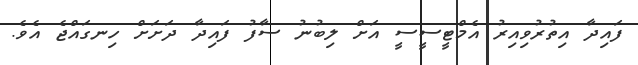
ފައިދާ އިތުރުވިއިރު އެމްޓީސީސީ އަށް ލިބުނު ސާފު ފައިދާ ދަށަށް ހިނގައްޖެ އެވެ.